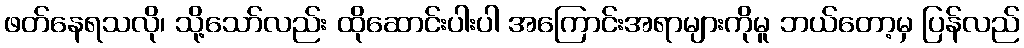
ဖတ်နေရသလို၊ သို့သော်လည်း ထိုဆောင်းပါးပါ အကြောင်းအရာများကိုမူ ဘယ်တော့မှ ပြန်လည်